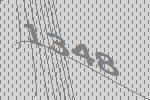
1348